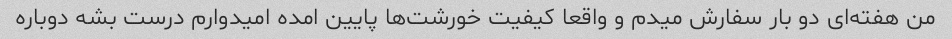
من هفته‌ای دو بار سفارش میدم و واقعا کیفیت خورشت‌ها پایین امده امیدوارم درست بشه دوباره